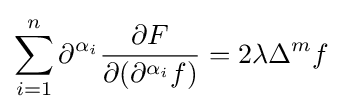
\sum _{i=1}^{n}\partial ^{\alpha _{i}}{\partial F \over \partial (\partial ^{\alpha _{i}}f)}=2\lambda \Delta ^{m}f